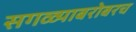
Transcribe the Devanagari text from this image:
सगळ्याबरोबरच